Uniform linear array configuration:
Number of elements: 8
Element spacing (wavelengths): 0.75
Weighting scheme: exponential
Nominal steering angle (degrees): -45
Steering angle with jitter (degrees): -43.555
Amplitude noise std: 0.05
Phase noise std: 0.05

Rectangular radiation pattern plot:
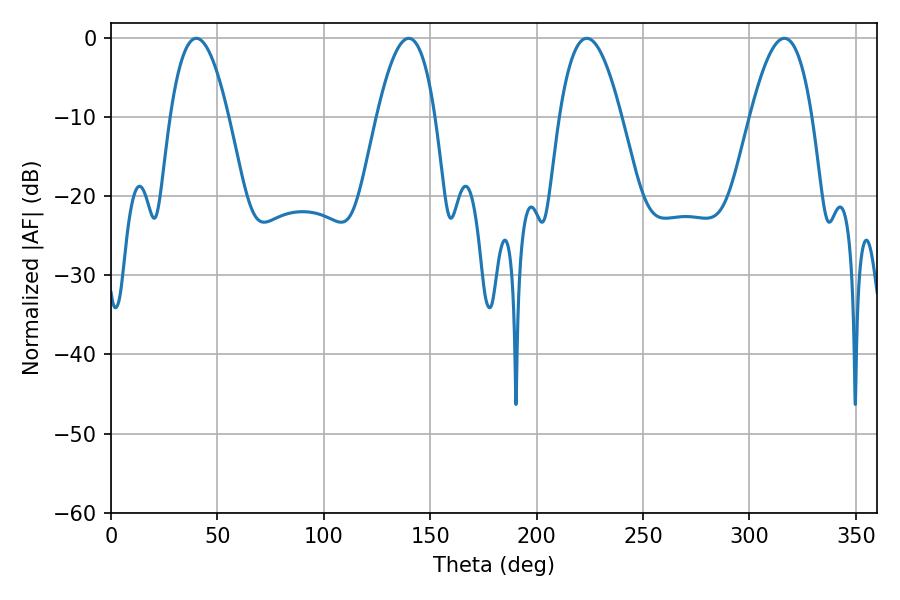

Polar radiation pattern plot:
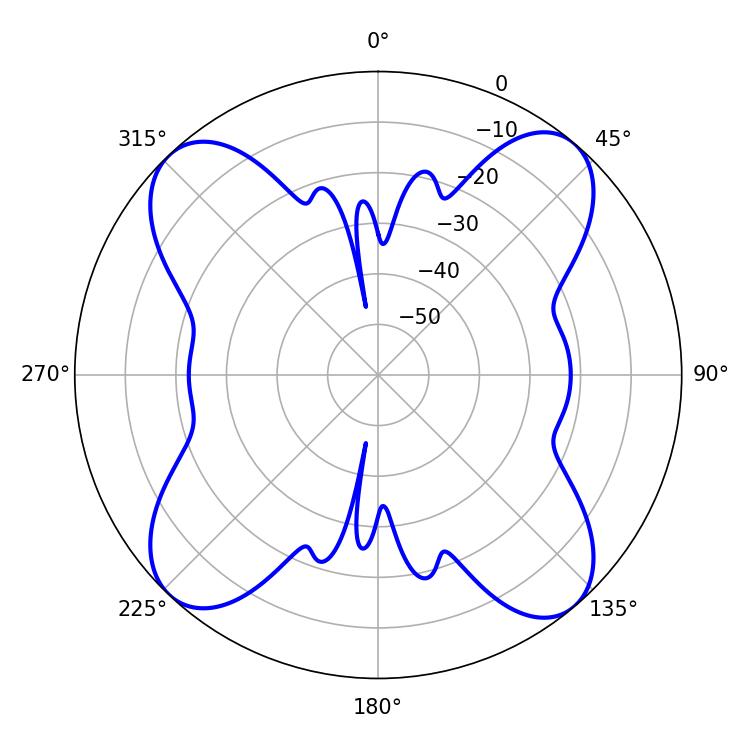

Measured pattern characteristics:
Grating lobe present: TRUE
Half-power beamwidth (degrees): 15.84
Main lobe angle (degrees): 223.56